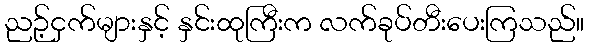
ညဉ့်ငှက်များနှင့် နှင်းထုကြီးက လက်ခုပ်တီးပေးကြသည်။